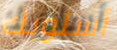
أسلوبك